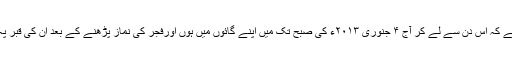
یہ ناممکن ہے کہ اس دن سے لے کر آج ۴ جنوری ۲۰۱۳ء کی صبح تک میں اپنے گائوں میں ہوں اورفجر کی نماز پڑھنے کے بعد ان کی قبر پہ نہ گیا ہوں۔